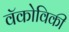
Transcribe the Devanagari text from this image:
वॅकोविकी